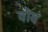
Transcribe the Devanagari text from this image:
वोव